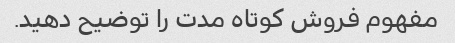
مفهوم فروش کوتاه مدت را توضیح دهید.